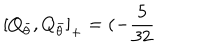
\left[ Q _ { \bar { \theta } } , Q _ { \bar { \theta } } \right] _ { + } = ( - \frac { 5 } { 3 2 }